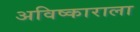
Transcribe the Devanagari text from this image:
अविष्काराला